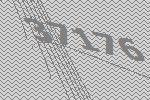
37176